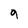
Character: 9